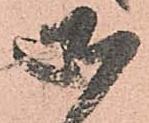
御